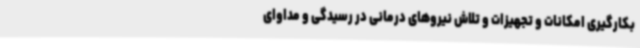
بکارگیری امکانات و تجهیزات و تلاش نیروهای درمانی در رسیدگی و مداوای